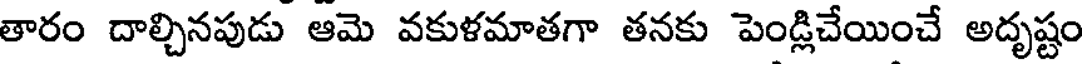
తారం దాల్చినపుడు ఆమె వకుళమాతగా తనకు పెండ్లిచేయించే అదృష్టం